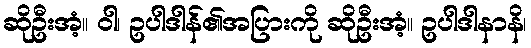
ဆိုဦးအံ့။ ဝါ၊ ဥပါဒါန်၏အပြားကို ဆိုဦးအံ့။ ဥပါဒါနာနိ၊